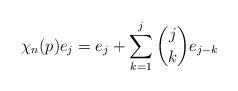
LaTeX: \begin{align*} \chi_n(p)e_j = e_j + \sum_{k=1}^j {j\choose k} e_{j-k}\end{align*}